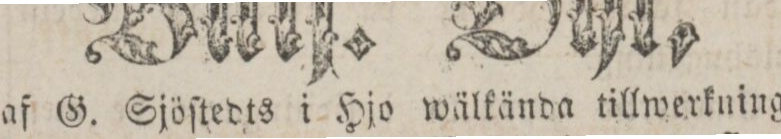
af G. Sjöſtedts i Hjo wälkända tillwerkning,